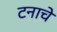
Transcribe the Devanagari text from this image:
टनाचे